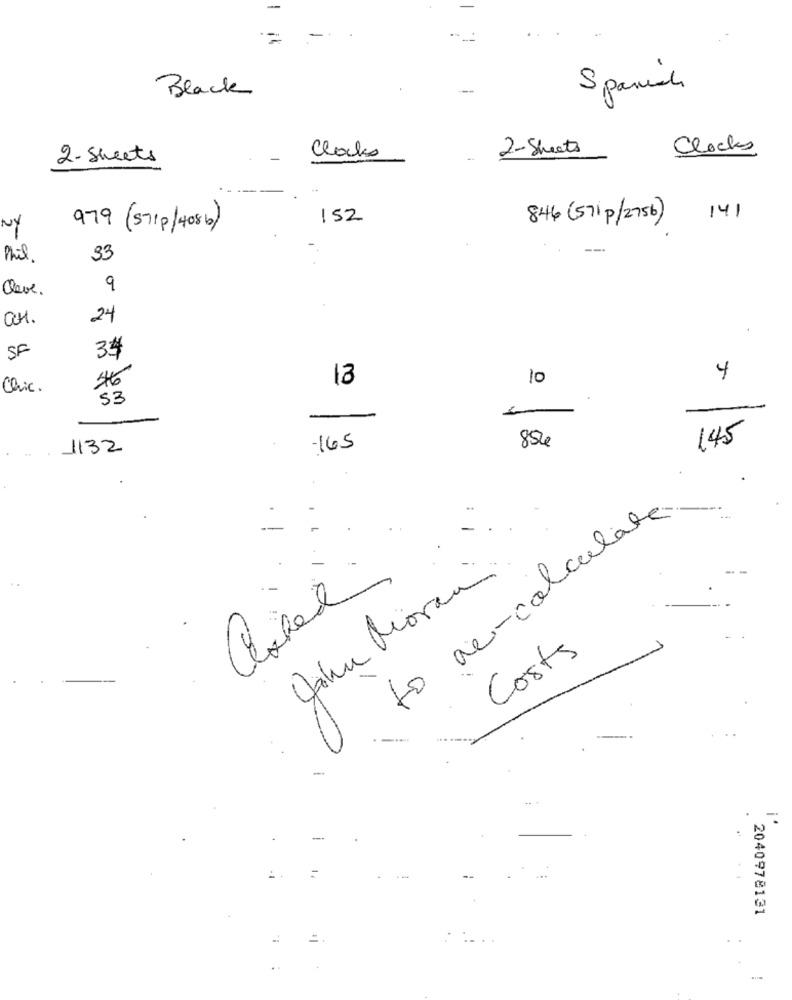
Black
Spanish
2-Sheets
Clocks
2- Sheets
Clocks
152
846 ( 571 P/ 2756 )
141
NY
979 (S71P/4086)
Phil.
33
Clave.
9
CH.
24
SF
34
13
10
4
Chic.
53
-
145
1132
-165
854
..
to ac-calculate
John Morin
Costs
--
. !
--
2040978131
=